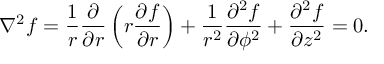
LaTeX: \nabla ^ { 2 } f = { \frac { 1 } { r } } { \frac { \partial } { \partial r } } \left( r { \frac { \partial f } { \partial r } } \right) + { \frac { 1 } { r ^ { 2 } } } { \frac { \partial ^ { 2 } f } { \partial \phi ^ { 2 } } } + { \frac { \partial ^ { 2 } f } { \partial z ^ { 2 } } } = 0 .